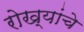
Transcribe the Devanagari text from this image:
रोख्यांचे